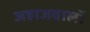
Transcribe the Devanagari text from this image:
जहाजवालों